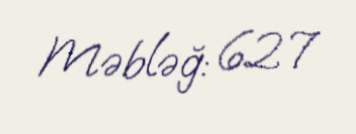
Məbləğ: 627